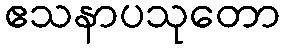
ဧသနာပသုတော